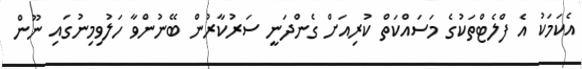
އެކަމަކު އެ ފްލެޓްތަކުގެ މަސައްކަތް ކުރިއަށް ގެންދަނީ ސަރުކާރުން ބޭނުންވާ ހަލުވިމިނުގައި ނޫން